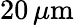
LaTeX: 20\, \mu\mathrm m